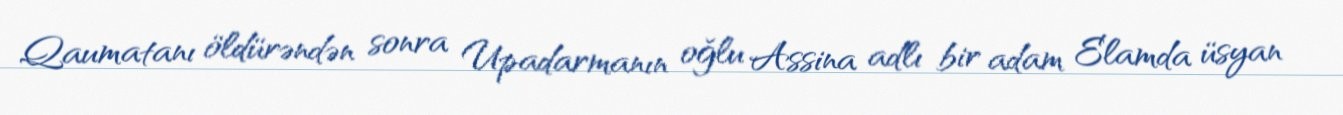
Qaumatanı öldürəndən sonra Upadarmanın oğlu Assina adlı bir adam Elamda üsyan